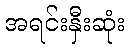
အရင်းနှီးဆုံး